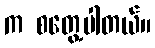
က စတွေ့ပါတယ်။